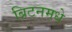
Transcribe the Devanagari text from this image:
ब्रिटनमधे